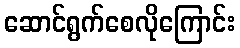
ဆောင်ရွက်စေလိုကြောင်း